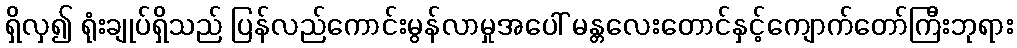
ရှိလှ၍ ရုံးချုပ်ရှိသည် ပြန်လည်ကောင်းမွန်လာမှုအပေါ် မန္တလေးတောင်နှင့်ကျောက်တော်ကြီးဘုရား